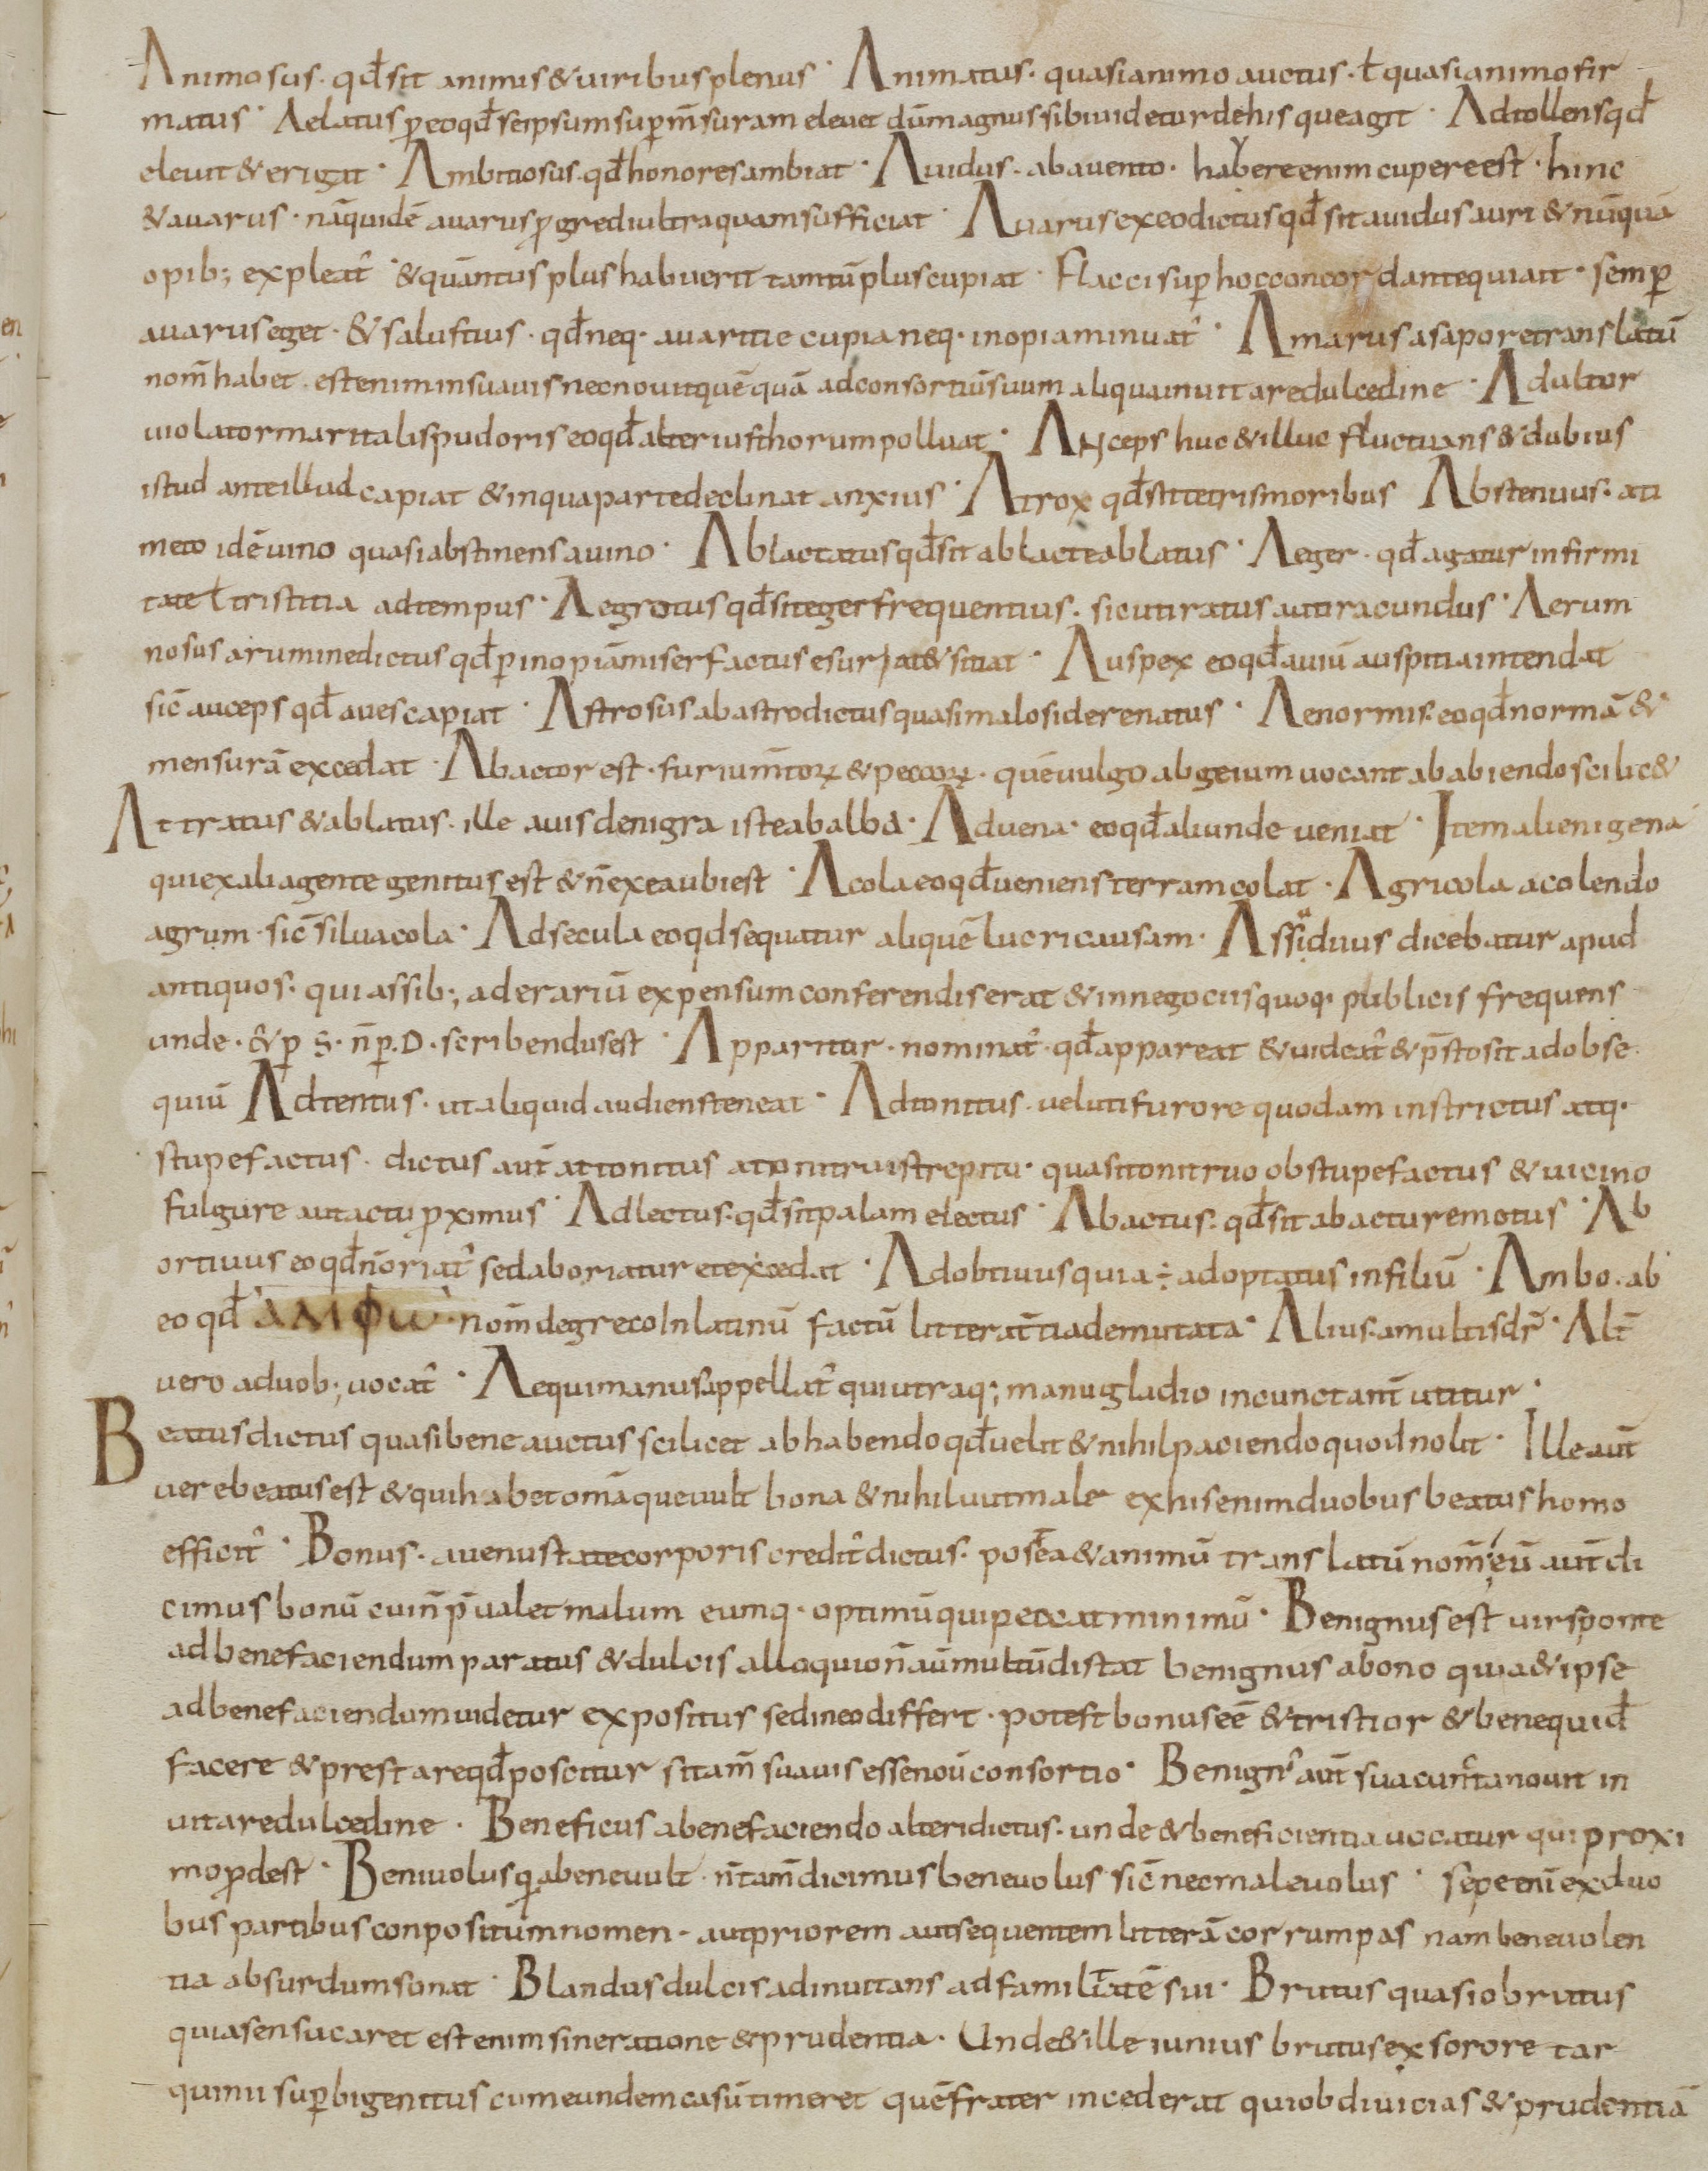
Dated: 800–899